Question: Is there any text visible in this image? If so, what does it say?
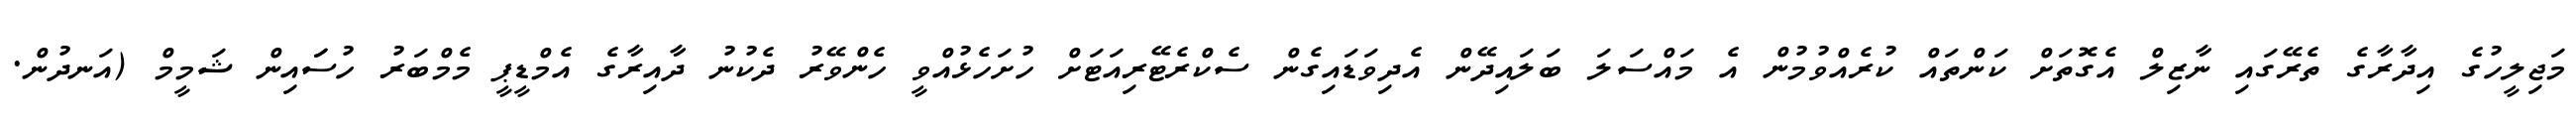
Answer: މަޖިލީހުގެ އިދާރާގެ ތެރޭގައި ނާޒިލް އެގޮތަށް ކަންތައް ކުރެއްވުމުން އެ މައްސަލަ ބަލައިދޭން އެދިވަޑައިގެން ސެކްރެޓޭރިއަޓަށް ހުށަހެޅުއްވީ ހެންވޭރު ދެކުނު ދާއިރާގެ އެމްޑީޕީ މެމްބަރު ހުސަައިން ޝަމީމް (އަނދުން.